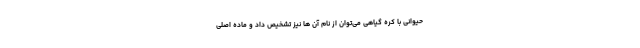
حیوانی با کره گیاهی می‌توان از نام آن ها نیز تشخیص داد و ماده اصلی